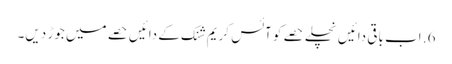
6. اب باقی دائیں نچلے حصے کو آئس کریم شنک کے دائیں حصے میں جوڑ دیں۔